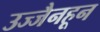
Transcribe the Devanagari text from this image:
उज्जैनहून